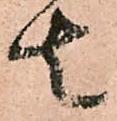
者